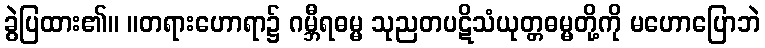
ခွဲပြထား၏။ ။တရားဟောရာ၌ ဂမ္ဘီရဓမ္မ သုညတပဋိသံယုတ္တဓမ္မတို့ကို မဟောပြောဘဲ